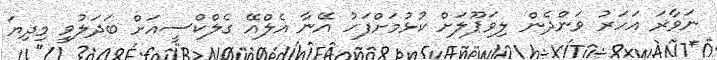
ނަވާރަ އަހަރު ވަންދެން ލިވަޕޫލަށް ކުޅުމަށްފަހު އޭނާ އެލްއޭ ގެލްކްސީއަށް ބަދަލުވީ މިދިޔަ